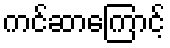
ကင်ဆာကြောင့်